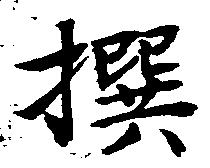
撰